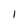
Character: l